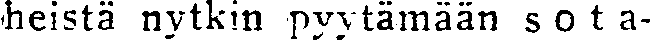
heistä nytkin pyytämään sota-